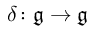
\delta \colon { \mathfrak { g } } \rightarrow { \mathfrak { g } }